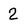
Character: 2